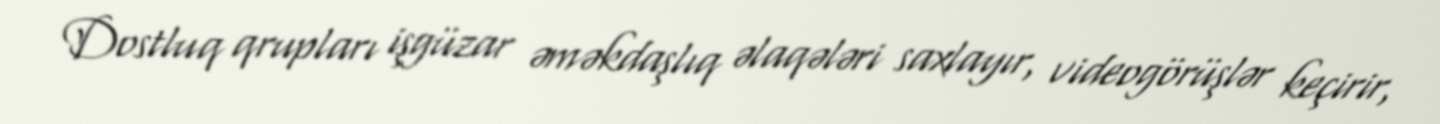
Dostluq qrupları işgüzar əməkdaşlıq əlaqələri saxlayır, videogörüşlər keçirir,